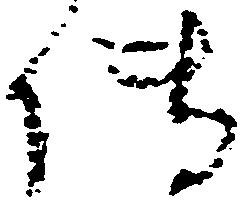
伝